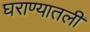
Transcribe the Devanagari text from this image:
घराण्यातली